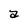
Character: a